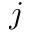
j